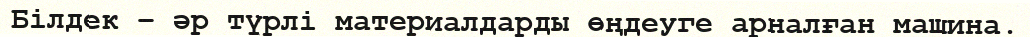
Білдек – әр түрлі материалдарды өңдеуге арналған машина.